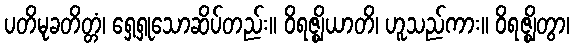
ပတိမုခတိတ္တံ၊ ရှေ့ရှုသောဆိပ်တည်း။ ဝိရဇ္ဈိယာတိ၊ ဟူသည်ကား။ ဝိရဇ္ဈိတွာ၊